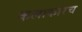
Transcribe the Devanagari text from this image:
कलाकारच